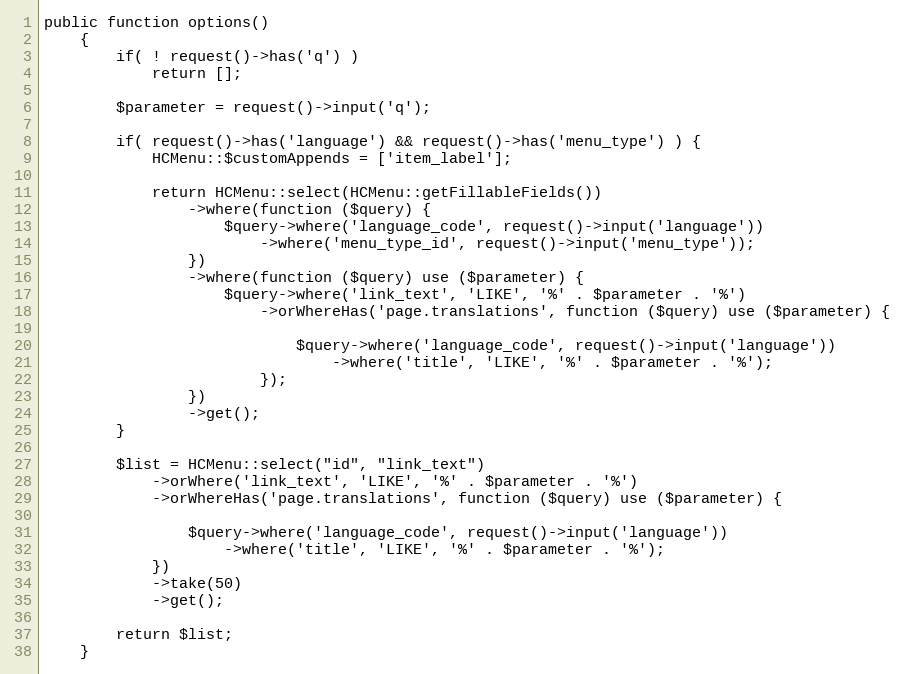
Language: PHP
public function options()
    {
        if( ! request()->has('q') )
            return [];

        $parameter = request()->input('q');

        if( request()->has('language') && request()->has('menu_type') ) {
            HCMenu::$customAppends = ['item_label'];

            return HCMenu::select(HCMenu::getFillableFields())
                ->where(function ($query) {
                    $query->where('language_code', request()->input('language'))
                        ->where('menu_type_id', request()->input('menu_type'));
                })
                ->where(function ($query) use ($parameter) {
                    $query->where('link_text', 'LIKE', '%' . $parameter . '%')
                        ->orWhereHas('page.translations', function ($query) use ($parameter) {

                            $query->where('language_code', request()->input('language'))
                                ->where('title', 'LIKE', '%' . $parameter . '%');
                        });
                })
                ->get();
        }

        $list = HCMenu::select("id", "link_text")
            ->orWhere('link_text', 'LIKE', '%' . $parameter . '%')
            ->orWhereHas('page.translations', function ($query) use ($parameter) {

                $query->where('language_code', request()->input('language'))
                    ->where('title', 'LIKE', '%' . $parameter . '%');
            })
            ->take(50)
            ->get();

        return $list;
    }